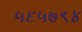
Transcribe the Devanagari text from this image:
५६५७९४